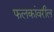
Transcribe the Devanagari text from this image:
फलकांवरील